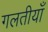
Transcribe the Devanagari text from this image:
गलतीयाँ